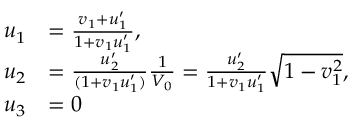
{ \begin{array} { r l } { u _ { 1 } } & { = { \frac { v _ { 1 } + u _ { 1 } ^ { \prime } } { 1 + v _ { 1 } u _ { 1 } ^ { \prime } } } , } \\ { u _ { 2 } } & { = { \frac { u _ { 2 } ^ { \prime } } { ( 1 + v _ { 1 } u _ { 1 } ^ { \prime } ) } } { \frac { 1 } { V _ { 0 } } } = { \frac { u _ { 2 } ^ { \prime } } { 1 + v _ { 1 } u _ { 1 } ^ { \prime } } } { \sqrt { 1 - v _ { 1 } ^ { 2 } } } , } \\ { u _ { 3 } } & { = 0 } \end{array} }